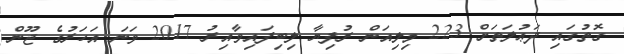
ގޮތުގައި ދަޢުލަތަށް 223 މިލިއަން ރުފިޔާ ލިބިފައިވާއިރު 2017 ވަނަ އަހަރުގެ ޖޫން